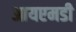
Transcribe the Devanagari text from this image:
आयएमडी